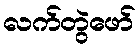
လက်တွဲဖော်